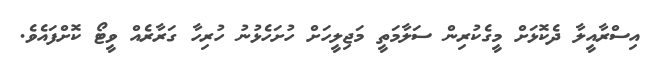
އިސްރާއީލާ ދެކޮޅަށް މީގެކުރިން ސަލާމަތީ މަޖިލީހަށް ހުށަހެޅުނު ހުރިހާ ގަރާރެއް ވީޓޯ ކޮށްފައެވެ.